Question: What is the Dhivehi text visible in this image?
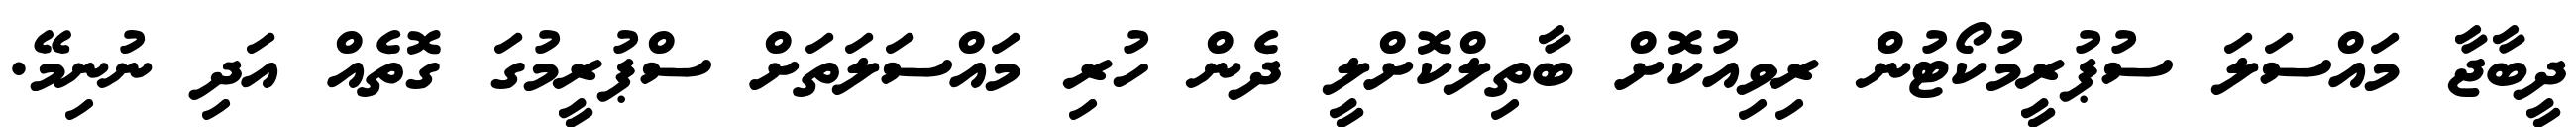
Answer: ދީބާޖާ މައްސަލަ ސުޕުރީމުކޯޓުން ރިވިއުކޮށް ބާތިލްކޮށްލީ ދެން ހުރި މައްސަލަތަށް ސްޕުރީމުގަ ގޮތެއް އަދި ނުނިމޭ.